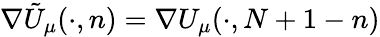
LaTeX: \nabla\tilde{U}_{\mu}(\cdot,n)=\nabla U_{\mu}(\cdot,N+1-n)